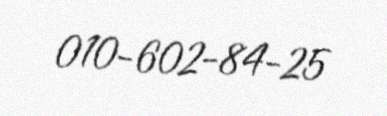
010-602-84-25